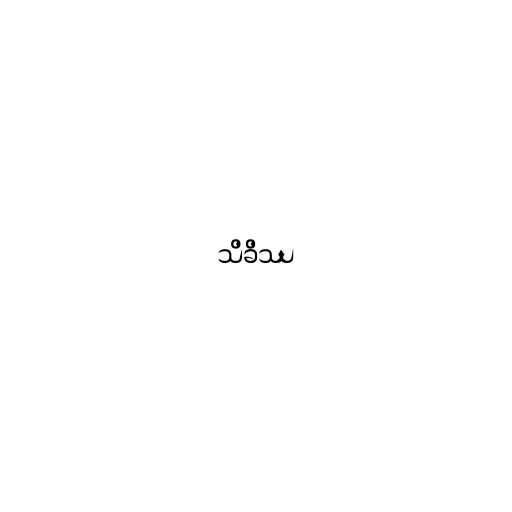
သိခိဿ